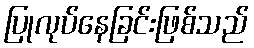
ပြုလုပ်နေခြင်းဖြစ်သည်